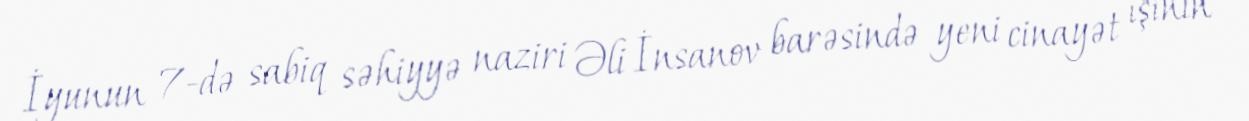
İyunun 7-də sabiq səhiyyə naziri Əli İnsanov barəsində yeni cinayət işinin